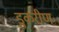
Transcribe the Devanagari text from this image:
डुकरीण